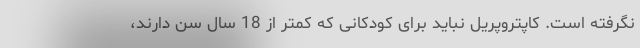
نگرفته است. کاپتروپریل نباید برای کودکانی که کمتر از 18 سال سن دارند،